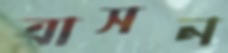
ত্রাসন